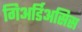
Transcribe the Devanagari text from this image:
गिअर्डिअसिस